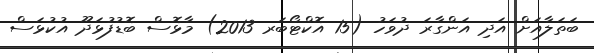
ބަތަލާއަށް އަދި އަންގާރަ ދުވަހު (15 އޮކްޓޯބަރ 2013) މާޅޮސް ބޮޑުފުޅަދޫ އުކުޅަސް